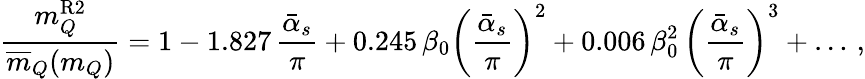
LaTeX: {\frac{m_{Q}^{\mathrm{R2}}}{\overline{{{m}}}_{Q}(m_{Q})}}=1-1.827\, {\frac{\bar{\alpha}_{s}}{\pi}}+0.245\, \beta_{0}\bigg({\frac{\bar{\alpha}_{s}}{\pi}}\bigg)^{2}+0.006\, \beta_{0}^{2}\, \bigg({\frac{\bar{\alpha}_{s}}{\pi}}\bigg)^{3}+\dots\, ,